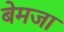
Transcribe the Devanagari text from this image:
बेमजा